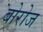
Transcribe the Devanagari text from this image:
बोरोज